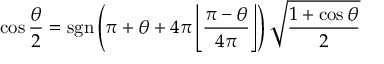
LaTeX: \cos { \frac { \theta } { 2 } } = \operatorname { s g n } \left( \pi + \theta + 4 \pi \left\lfloor { \frac { \pi - \theta } { 4 \pi } } \right\rfloor \right) { \sqrt { \frac { 1 + \cos \theta } { 2 } } }